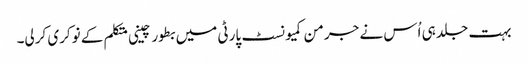
بہت جلد ہی اُس نے جرمن کمیونسٹ پارٹی میں بطور چینی متکلم کے نوکری کرلی۔